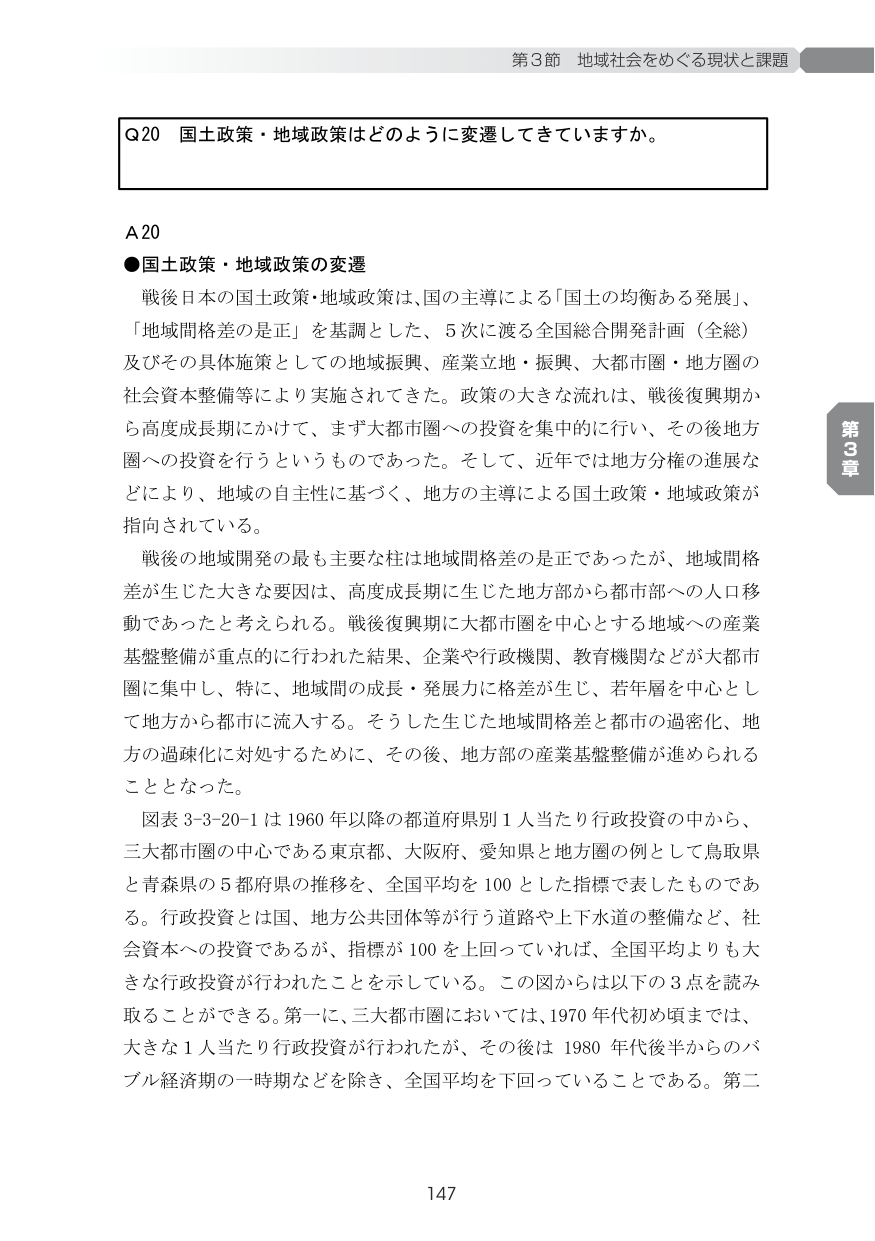
第3節 地域社会をめぐる現状と課題

Q20 国土政策・地域政策はどのように変遷してきていますか。

A20
●国土政策・地域政策の変遷
戦後日本の国土政策・地域政策は、国の主導による「国土の均衡ある発展」、「地域間格差の是正」を基調とした、5次に渡る全国総合開発計画（全総）及びその具体施策としての地域振興、産業立地・振興、大都市圏・地方圏の社会資本整備等により実施されてきた。政策の大きな流れは、戦後復興期から高度成長期にかけて、まず大都市圏への投資を集中的に行い、その後地方圏への投資を行うというものであった。そして、近年では地方分権の進展などにより、地域の自主性に基づく、地方の主導による国土政策・地域政策が指向されている。

戦後の地域開発の最も主要な柱は地域間格差の是正であったが、地域間格差が生じた大きな要因は、高度成長期に生じた地方部から都市部への人口移動であったと考えられる。戦後復興期に大都市圏を中心とする地域への産業基盤整備が重点的に行われた結果、企業や行政機関、教育機関などが大都市圏に集中し、特に、地域間の成長・発展力に格差が生じ、若年層を中心として地方から都市に流入する。そうした生じた地域間格差と都市の過密化、地方の過疎化に対処するために、その後、地方部の産業基盤整備が進められることとなった。

図表3-3-20-1は1960年以降の都道府県別1人当たり行政投資の中から、三大都市圏の中心である東京都、大阪府、愛知県と地方圏の例として鳥取県と青森県の5都府県の推移を、全国平均を100とした指標で表したものである。行政投資とは国、地方公共団体等が行う道路や上下水道の整備など、社会資本への投資であるが、指標が100を上回っていれば、全国平均よりも大きな行政投資が行われたことを示している。この図からは以下の3点を読み取ることができる。第一に、三大都市圏においては、1970年代初め頃までは、大きな1人当たり行政投資が行われたが、その後は1980年代後半からのバブル経済期の一時期などを除き、全国平均を下回っていることである。第二

第3章

147